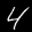
Label: 4